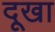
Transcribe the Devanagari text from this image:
दूखा